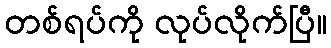
တစ်ရပ်ကို လုပ်လိုက်ပြီ။